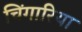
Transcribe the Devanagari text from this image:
चिंगारिया